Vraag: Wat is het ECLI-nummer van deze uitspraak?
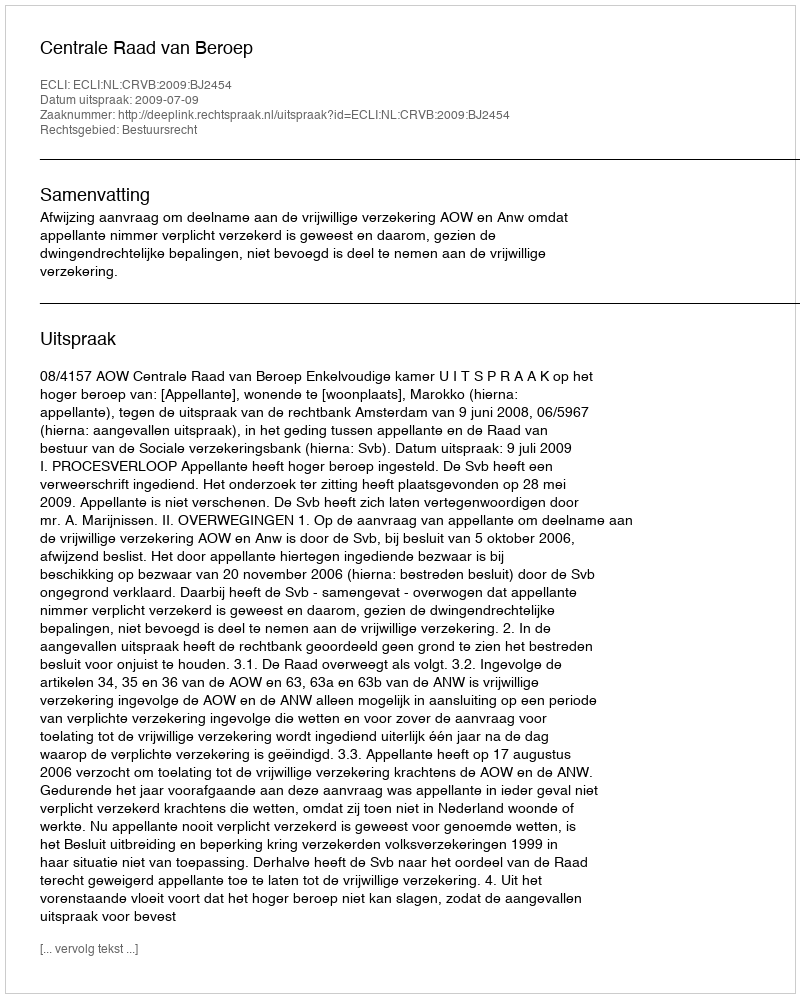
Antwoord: ECLI:NL:CRVB:2009:BJ2454